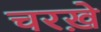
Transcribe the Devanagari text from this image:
चरख़े